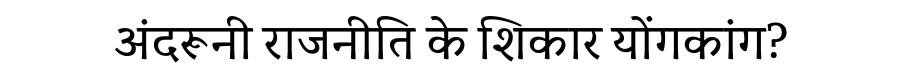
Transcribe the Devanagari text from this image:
अंदरूनी राजनीति के शिकार योंगकांग?